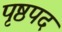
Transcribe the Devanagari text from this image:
पृष्ठपद